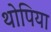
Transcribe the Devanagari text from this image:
थोपिया